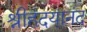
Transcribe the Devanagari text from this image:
श्रीहृदयानंद